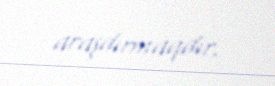
araşdırmaqdır.